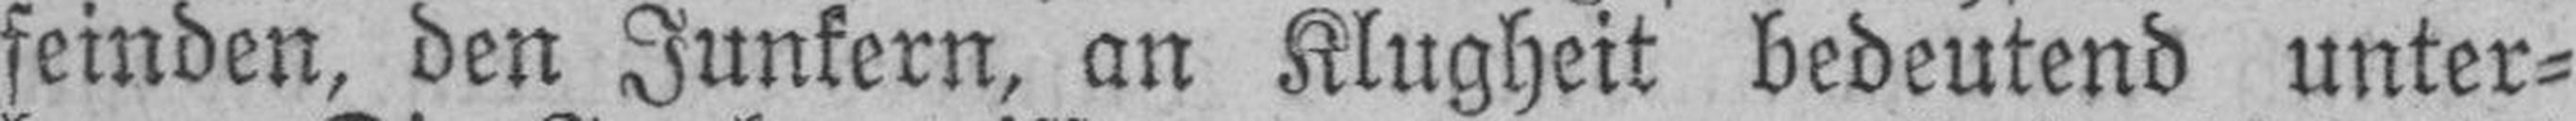
feinden, den Junkern, an Klugheit bedeutend unter¬